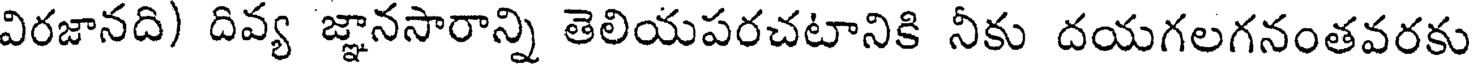
విరజానది) దివ్య జ్ఞానసారాన్ని తెలియపరచటానికి నీకు దయగలగనంతవరకు